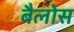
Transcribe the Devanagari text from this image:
बैलोस